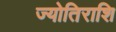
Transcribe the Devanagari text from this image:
ज्योतिराशि